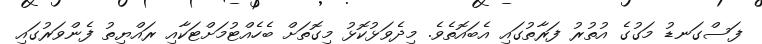
ފަސްގަނޑު މަގުގެ އުތުރު ފަރާތުގައި އެބައޮތެވެ. މިދެވަޅުކޮޅު މިގޮތަށް ބެހެއްޓުމަށްޓަކާއި ރައްޔިތު ފެންވަރުގައި